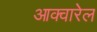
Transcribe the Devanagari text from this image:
आक्वारेल